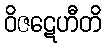
ဝိဇဋေဟီတိ